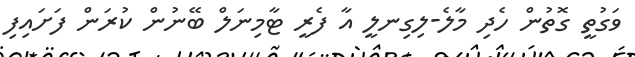
ވަގުތީ ގޮތުން ހެދި މާލެ-ލިގިނލީ އާ ފެރީ ޓާމިނަލް ބޭނުން ކުރަން ފަށައިފި